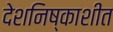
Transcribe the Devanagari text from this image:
देशनिष्काशीत